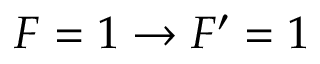
F = 1 \rightarrow F ^ { \prime } = 1